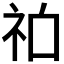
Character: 𱵆